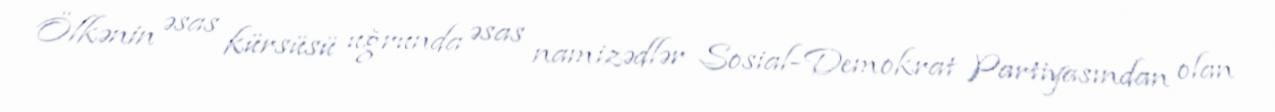
Ölkənin əsas kürsüsü uğrunda əsas namizədlər Sosial-Demokrat Partiyasından olan